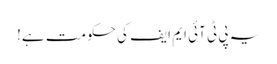
یہ پی ٹی آئی ایم ایف کی حکومت ہے!